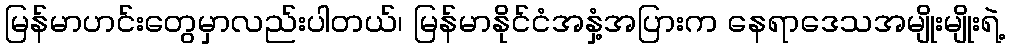
မြန်မာဟင်းတွေမှာလည်းပါတယ်၊ မြန်မာနိုင်ငံအနှံ့အပြားက နေရာဒေသအမျိုးမျိုးရဲ့